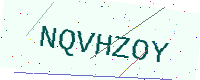
Text: NQVHZOY